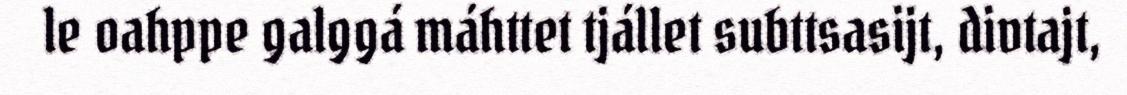
le oahppe galggá máhttet tjállet subttsasijt, divtajt,